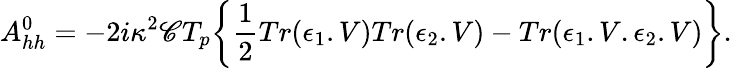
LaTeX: A_{hh}^{0}=-2i\kappa^{2}\mathscr{C}T_{p}\bigg\{ {\frac{{1}}{{2}}}Tr(\epsilon_{1}.V)Tr(\epsilon_{2}.V)-Tr(\epsilon_{1}.V.\epsilon_{2}.V)\bigg\} .